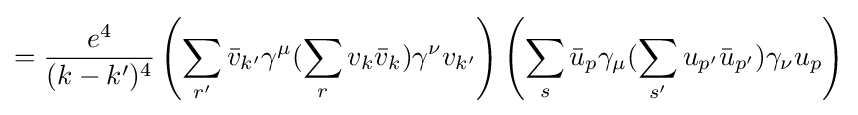
={\frac {e^{4}}{(k-k')^{4}}}\left(\sum _{r'}{\bar {v}}_{k'}\gamma ^{\mu }(\sum _{r}v_{k}{\bar {v}}_{k})\gamma ^{\nu }v_{k'}\right)\left(\sum _{s}{\bar {u}}_{p}\gamma _{\mu }(\sum _{s'}{u_{p'}{\bar {u}}_{p'}})\gamma _{\nu }u_{p}\right)